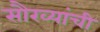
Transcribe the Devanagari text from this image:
सौख्यांची